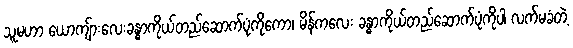
သူမဟာ ယောကျ်ားလေးခန္ဓာကိုယ်တည်ဆောက်ပုံကိုကော၊ မိန်ကလေး ခန္ဓာကိုယ်တည်ဆောက်ပုံကိုပါ လက်မခံတဲ့